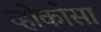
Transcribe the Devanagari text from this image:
व्होकोसा